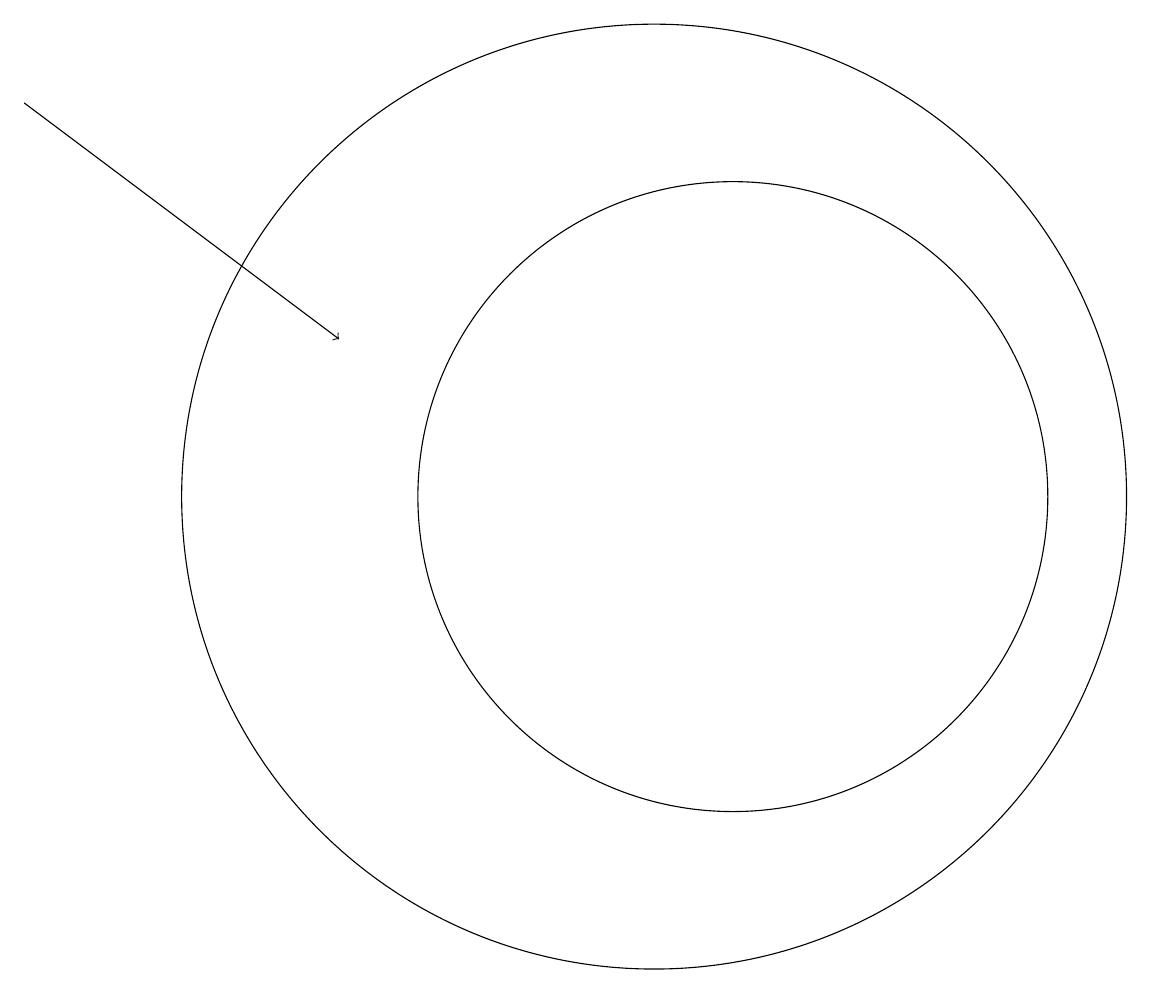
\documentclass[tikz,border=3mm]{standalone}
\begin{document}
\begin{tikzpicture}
\draw (11,11) circle (4);
\draw[->] (2,16) -- (6,13);
\draw (10,11) circle (6);
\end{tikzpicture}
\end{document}